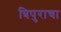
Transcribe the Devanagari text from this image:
त्रिपुराचा